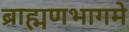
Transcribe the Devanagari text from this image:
ब्राह्मणभागमे